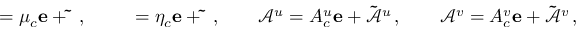
{ \bf \mu } = \mu _ { c } { \bf e } + { \bf \tilde { \mu } } \, , \qquad { \bf \eta } = \eta _ { c } { \bf e } + { \bf \tilde { \eta } } \, , \qquad { \bf { \mathcal { A } } } ^ { u } = A _ { c } ^ { u } { \bf e } + { \bf \tilde { { \mathcal { A } } } } ^ { u } \, , \qquad { \bf { \mathcal { A } } } ^ { v } = A _ { c } ^ { v } { \bf e } + { \bf \tilde { { \mathcal { A } } } } ^ { v } \, ,